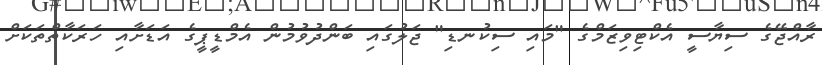
ރާއްޖޭގެ ސިޔާސީ އެކްޓިވިޒަމްގެ "މައި ސިކުނޑި" ޖަލުގައި ބަންދުވުމުން އެމްޑީޕީގެ އަޑަށާއި ހަރަކާތްތަކަށް